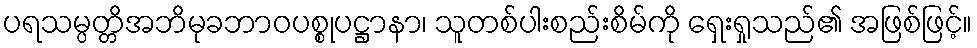
ပရသမ္ပတ္တိအဘိမုခဘာဝပစ္စုပဋ္ဌာနာ၊ သူတစ်ပါးစည်းစိမ်ကို ရှေးရှုသည်၏ အဖြစ်ဖြင့်။